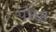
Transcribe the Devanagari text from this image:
पछडे